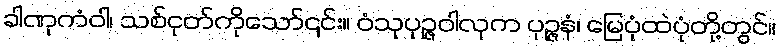
ခါဏုကံဝါ၊ သစ်ငုတ်ကိုသော်၎င်း။ ဝံသုပုဉ္ဇဝါလုက ပုဉ္ဇနံ၊ မြေပုံထဲပုံတို့တွင်။